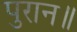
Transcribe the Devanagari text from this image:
पुरान॥